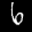
Label: 6